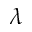
\lambda